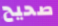
صحيح